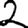
Digit: 2